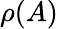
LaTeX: \rho(A)